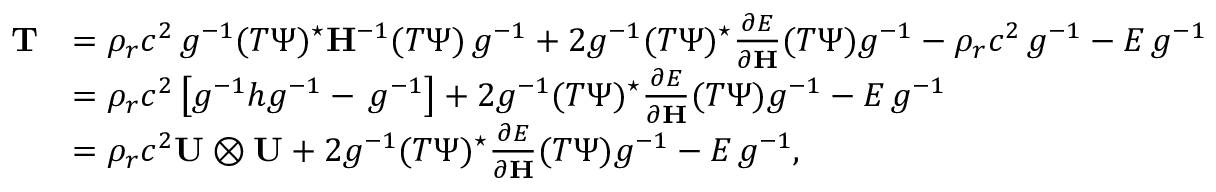
\begin{array} { r l } { \mathbf { T } } & { = \rho _ { r } c ^ { 2 } \, g ^ { - 1 } ( T \Psi ) ^ { \star } \mathbf { H } ^ { - 1 } ( T \Psi ) \, g ^ { - 1 } + 2 g ^ { - 1 } ( T \Psi ) ^ { \star } \frac { \partial E } { \partial \mathbf { H } } ( T \Psi ) g ^ { - 1 } - \rho _ { r } c ^ { 2 } \, g ^ { - 1 } - E \, g ^ { - 1 } } \\ & { = \rho _ { r } c ^ { 2 } \left[ g ^ { - 1 } h g ^ { - 1 } - \, g ^ { - 1 } \right] + 2 g ^ { - 1 } ( T \Psi ) ^ { \star } \frac { \partial E } { \partial \mathbf { H } } ( T \Psi ) g ^ { - 1 } - E \, g ^ { - 1 } } \\ & { = \rho _ { r } c ^ { 2 } \mathbf { U } \otimes \mathbf { U } + 2 g ^ { - 1 } ( T \Psi ) ^ { \star } \frac { \partial E } { \partial \mathbf { H } } ( T \Psi ) g ^ { - 1 } - E \, g ^ { - 1 } , } \end{array}